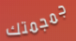
جمجمتك